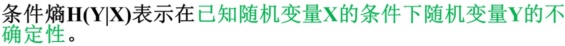
条件熵$H(Y|X)$表示在已知随机变量$X$的条件下随机变量$Y$的不确定性。